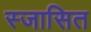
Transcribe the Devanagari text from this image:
स्जासित